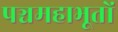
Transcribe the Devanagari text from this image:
पञ्चमहाभूतों